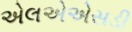
એલએએસડી